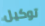
توكيل